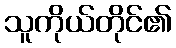
သူကိုယ်တိုင်၏